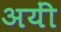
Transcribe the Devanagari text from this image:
अयीं